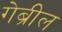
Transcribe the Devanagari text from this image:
गेब्रील